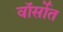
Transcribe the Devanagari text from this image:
वॉर्सोत